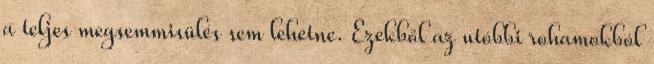
a teljes megsemmisülés sem lehetne. Ezekből az utóbbi rohamokból